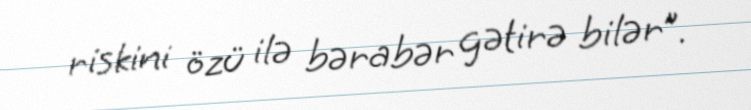
riskini özü ilə bərabər gətirə bilər”.